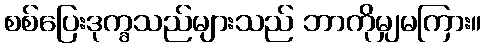
စစ်ပြေးဒုက္ခသည်များသည် ဘာကိုမျှမကြား။